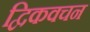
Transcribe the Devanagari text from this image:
द्विकवचन